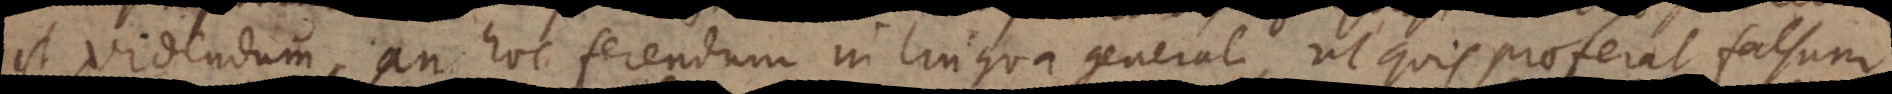
t videndum an hoc ferendum in lingua generali, ut quis proferat falsum